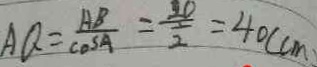
A Q = \frac { A B } { \cos A } = \frac { 2 0 } { \frac { 1 } { 2 } } = 4 0 ( c m )